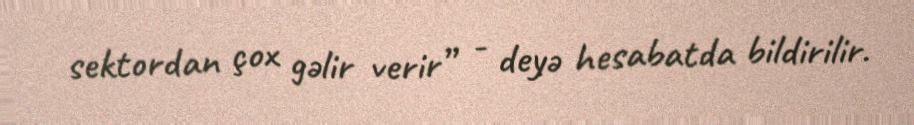
sektordan çox gəlir verir” - deyə hesabatda bildirilir.